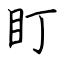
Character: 盯